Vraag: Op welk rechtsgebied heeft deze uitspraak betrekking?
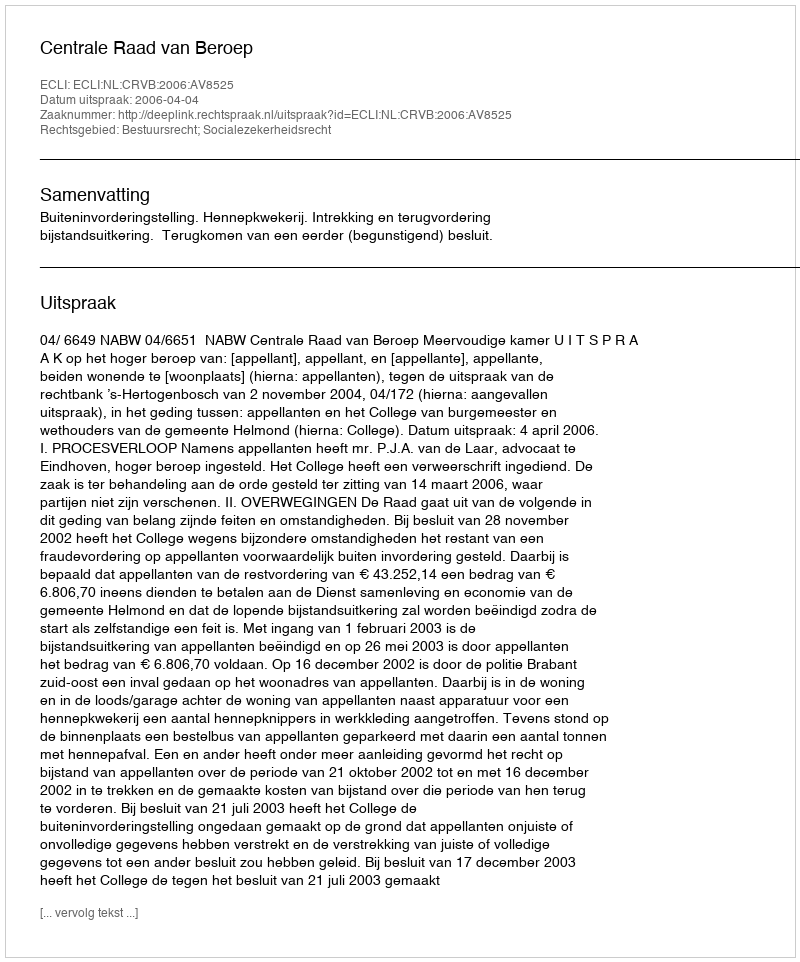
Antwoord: Bestuursrecht; Socialezekerheidsrecht